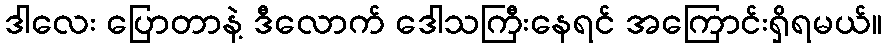
ဒါလေး ပြောတာနဲ့ ဒီလောက် ဒေါသကြီးနေရင် အကြောင်းရှိရမယ်။